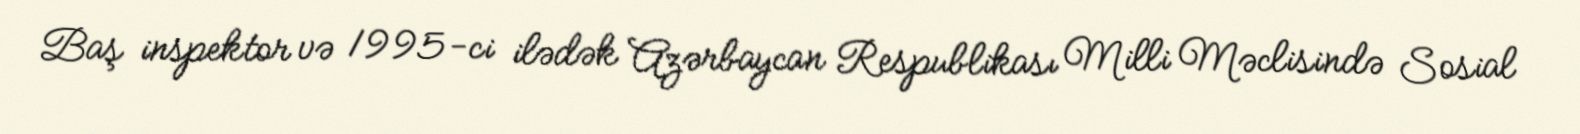
Baş inspektor və 1995-ci ilədək Azərbaycan Respublikası Milli Məclisində Sosial